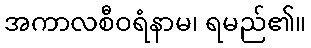
အကာလစီဝရံနာမ၊ ရမည်၏။